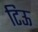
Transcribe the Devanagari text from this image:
टिऊ